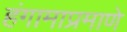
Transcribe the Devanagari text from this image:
हंगामाप्रमाणे